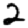
Digit: 2